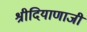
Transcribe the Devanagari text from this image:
श्रीदियाणाजी